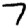
Digit: 7